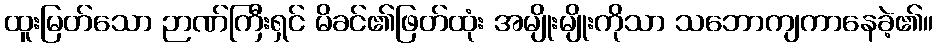
ထူးမြတ်သော ဉာဏ်ကြီးရှင် မိခင်၏ဖြတ်ထုံး အမျိုးမျိုးကိုသာ သဘောကျကာနေခဲ့၏။